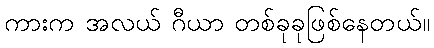
ကားက အလယ် ဂီယာ တစ်ခုခုဖြစ်နေတယ်။